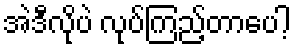
အဲဒီလိုပဲ လုပ်ကြည့်တာပေါ့